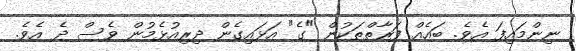
ނިންމައިފަ އެވެ. ބައެއް ފަރާތްތަކުން "ގެ" އަޅައިގެން ދިރިއުޅެމުން ވެސް ދެ އެވެ.